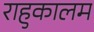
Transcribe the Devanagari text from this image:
राहुकालम